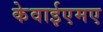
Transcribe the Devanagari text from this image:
केवाईएमए